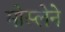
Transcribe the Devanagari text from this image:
मोस्लेने